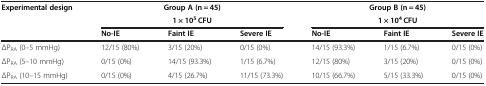
| <ROWSPAN=2> Experimental design | <COLSPAN=3> Group A (n = 45) | <COLSPAN=3> Group B (n = 45) |
 | <COLSPAN=3> 1 × 105 CFU | <COLSPAN=3> 1 × 104 CFU |
 |  | No-IE | Faint IE | Severe IE | No-IE | Faint IE | Severe IE |
 | --- | --- | --- | --- | --- | --- | --- |
 | ΔPRA (0–5 mmHg) | 12/15 (80%) | 3/15 (20%) | 0/15 (0%) | 14/15 (93.3%) | 1/15 (6.7%) | 0/15 (0%) |
 | ΔPRA (5–10 mmHg) | 0/15 (0%) | 14/15 (93.3%) | 1/15 (6.7%) | 12/15 (80%) | 3/15 (20%) | 0/15 (0%) |
 | ΔPRA (10–15 mmHg) | 0/15 (0%) | 4/15 (26.7%) | 11/15 (73.3%) | 10/15 (66.7%) | 5/15 (33.3%) | 0/15 (0%) |